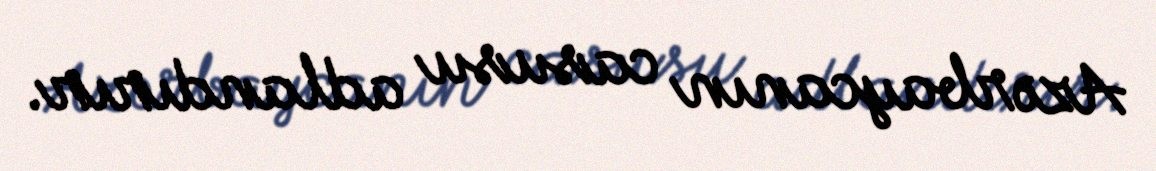
Azərbaycanın casusu adlandırır.